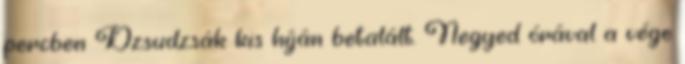
percben Dzsudzsák kis híján betalált. Negyed órával a vége